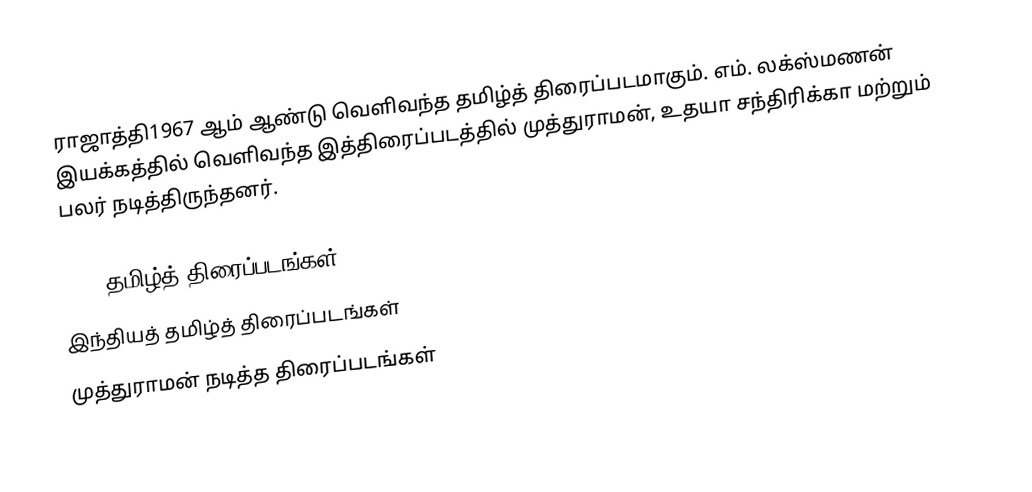
ராஜாத்தி1967 ஆம் ஆண்டு வெளிவந்த தமிழ்த் திரைப்படமாகும். எம். லக்ஸ்மணன் இயக்கத்தில் வெளிவந்த இத்திரைப்படத்தில் முத்துராமன், உதயா சந்திரிக்கா மற்றும் பலர் நடித்திருந்தனர்.

1967 தமிழ்த் திரைப்படங்கள்
இந்தியத் தமிழ்த் திரைப்படங்கள்
முத்துராமன் நடித்த திரைப்படங்கள்